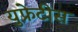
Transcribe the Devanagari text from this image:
युफ्रेटीस